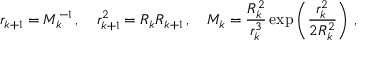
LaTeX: r _ { k + 1 } = M _ { k } ^ { - 1 } \, , \quad r _ { k + 1 } ^ { 2 } = R _ { k } R _ { k + 1 } \, , \quad M _ { k } = \frac { R _ { k } ^ { 2 } } { r _ { k } ^ { 3 } } \exp \left( \frac { r _ { k } ^ { 2 } } { 2 R _ { k } ^ { 2 } } \right) \, ,